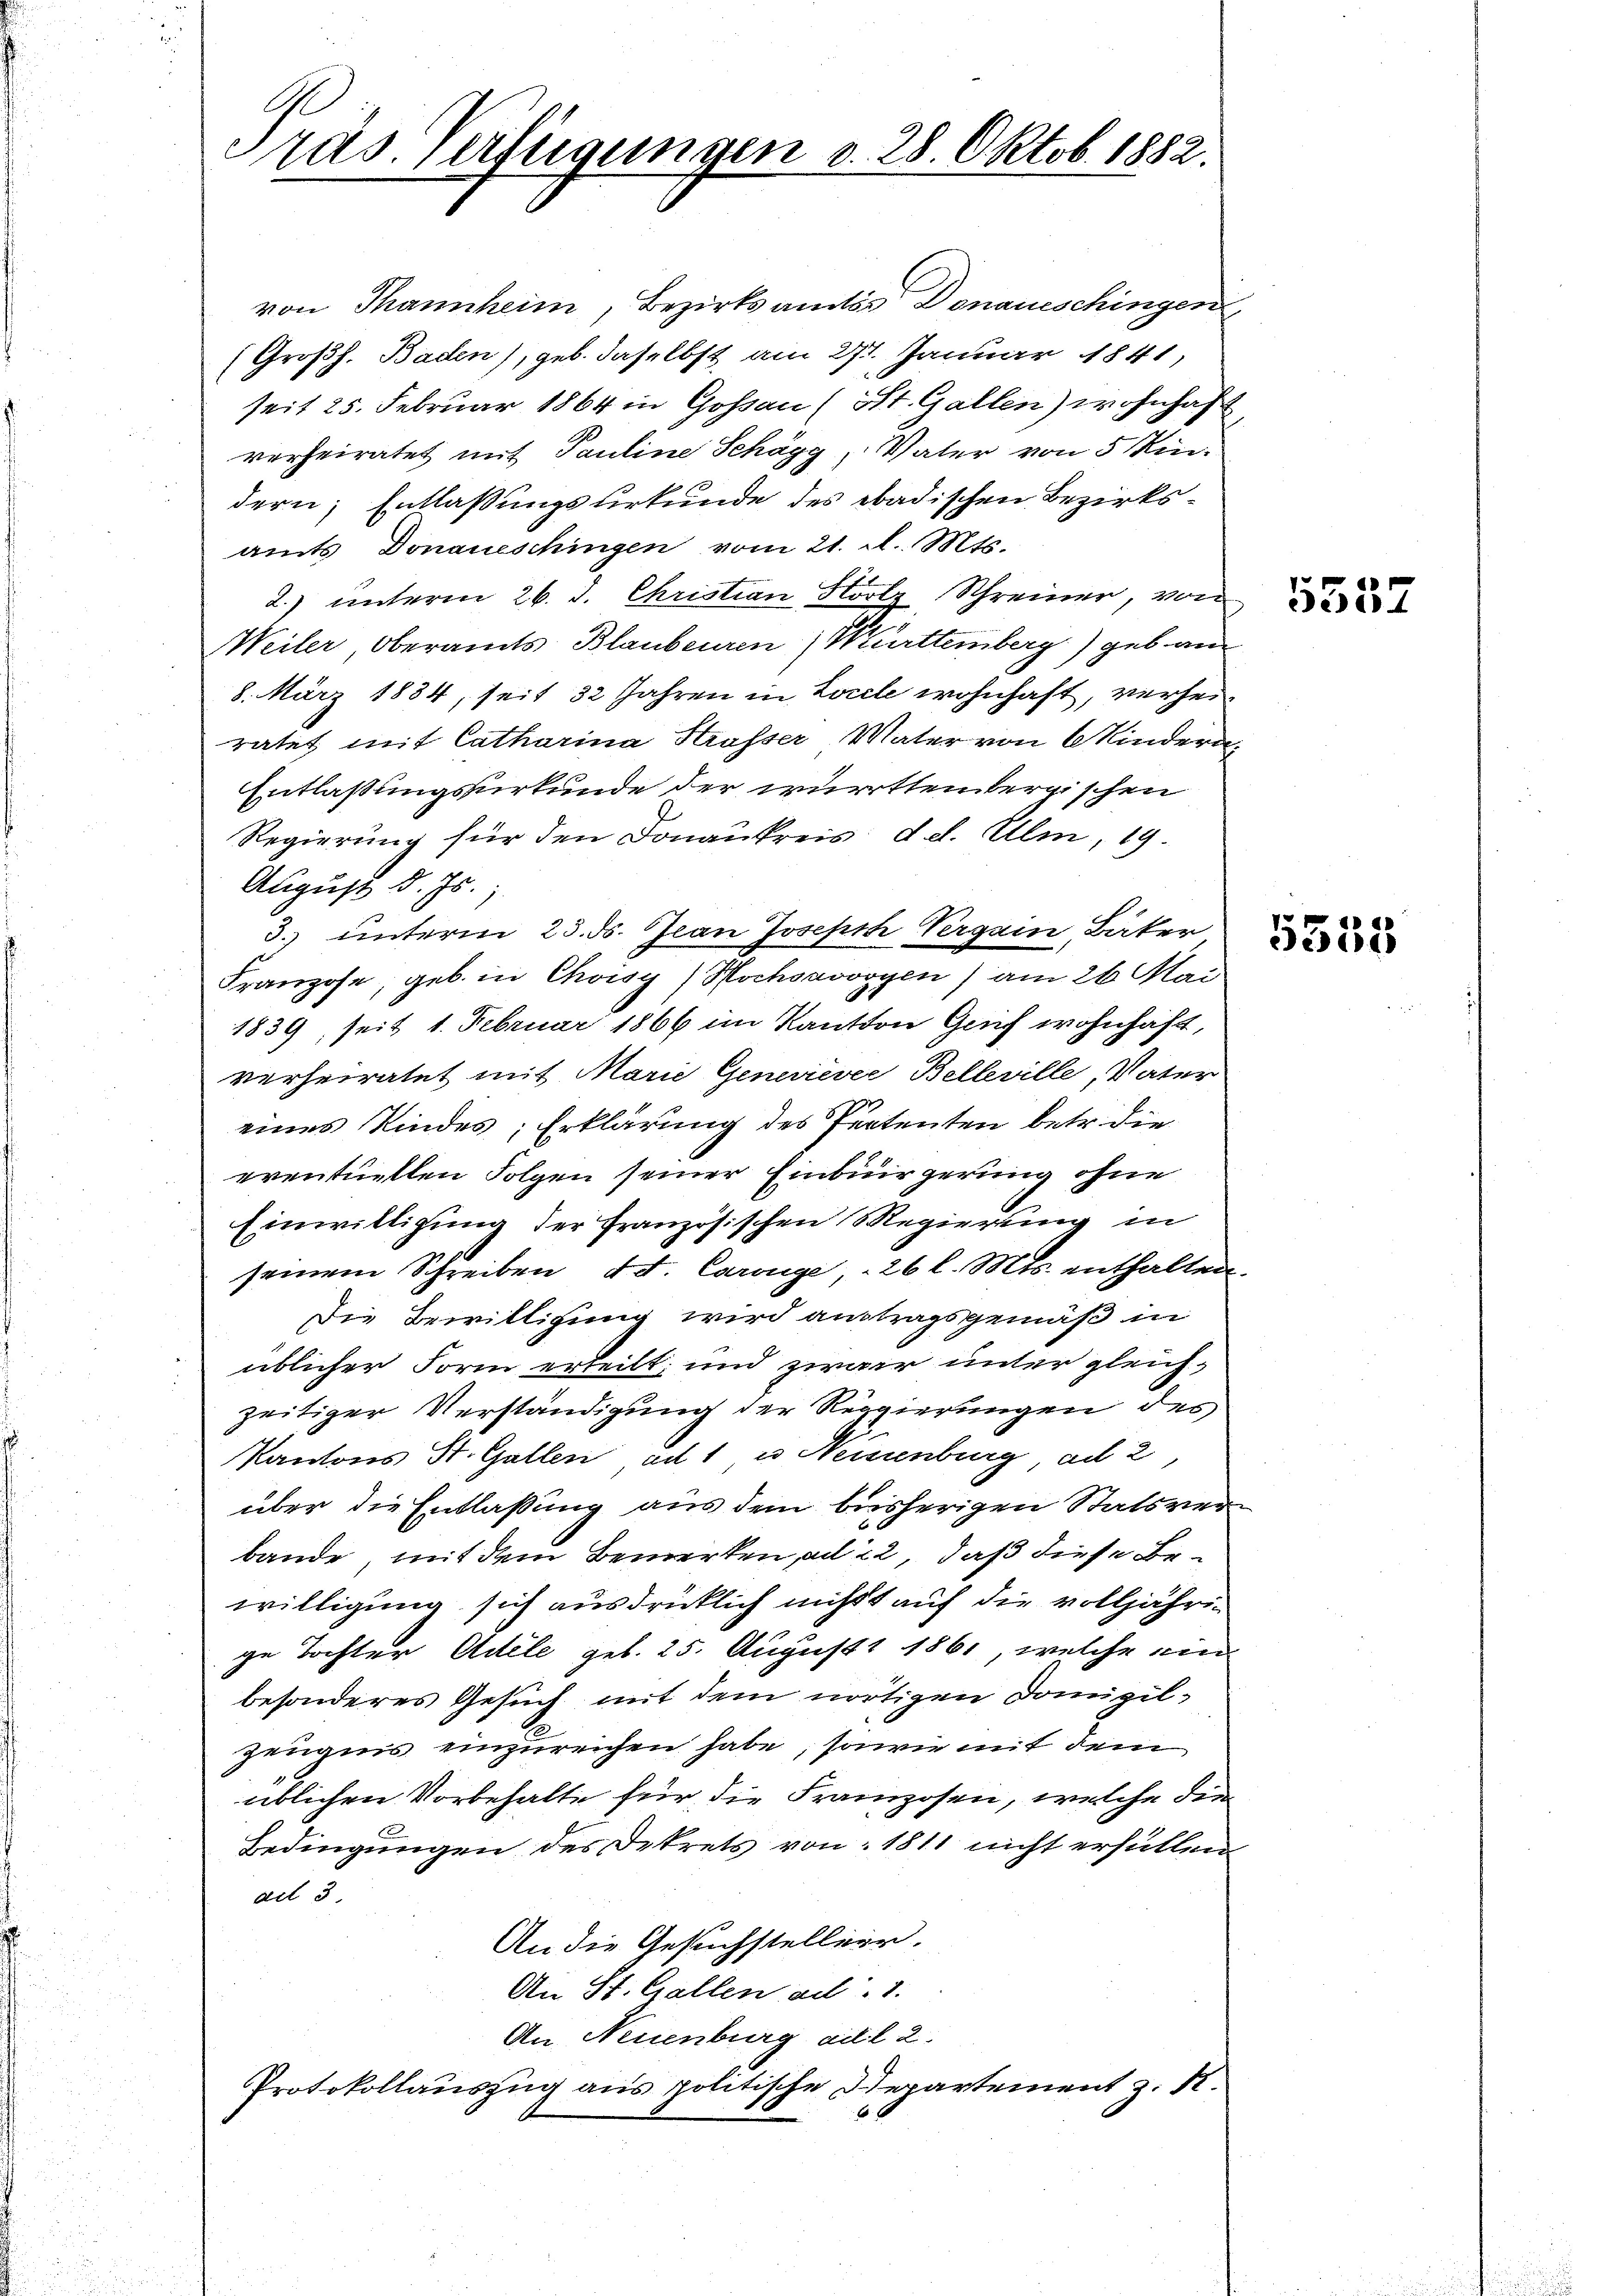
Präs. erfügungen d. 28. Oktob. 1882.

von Tannheim, Bezirksamts Donaueschingen,
(Großh. Baden), geb. daselbst am 27. Januar 1841,
seit 25. Februar 1864 in Gossau (St. Gallen) wohnhaft
verheiratet mit Pauline Schögg, Vater von 5 Kin-
dern, Entlassungsurkunde des badischen Bezirksamts Donaueschingen vom 21. d. Mts.
2.) unterm 26. d. Christian Holz Schreiner, von
Weiler Oberamts Blaubeuren Württemberg) geb an
8. März 1884, seit 32 Jahren in Locele wohnhaft, verheiratet mit Catharina Strasser Mater von Mindern.
Entlaßungsurkunde der württembergischen
Regierung für den Donaukreis: d. d. Ulm, 19.
August d. Js.
3.) unterm 23. ds. Jean Joseph Vergan, Bäter
Franzose, geb. in Choisy/Hochsavvoyen) am 26. Mai
1839, seit 1. Februar 1866 im Kanton Gruf wohnhaft,
verheiratet mit Marie Generiever Belleville, Vater
eines Kindes; Erklärung des Partenten betr. die
eventuellen Folgen seiner Einbürgerung ohne
Einwilligung der französischen Regierung in
seinem Schreiben Ed. Carouge 26 l. Mts. enthalten.
Die Bewilligung wird austragsgemäß in
üblicher Form erheilt, und zwar unter gleich-
zeitiger Verständigung der Regierungen des
Kantons St. Gallen ad 1 u. Neisenburg, ad 2,
über die Entlassung aus dem bisherigen Statsverbande, mit dem Bemerken, ad 22, daß diese Bewilligung sich ausdrücklich nicht auf die volljährige Tochter Adele geb. 25. August 1861, welche ein
besonderes Gesuch mit dem nortigen Domizil¬
Zeugnis einzureichen habe, sowie mit dem
üblichen Vorbehalte für die Franzosen, welche den
Bedingungen des Dekrets von 1811 nicht erfüllen.
ad 5
An die Gesuchsteller.
An St. Gallen ad 1.
An Neuenburg ad 2.
Protokollauszug aus politische Departement z. R.

5552